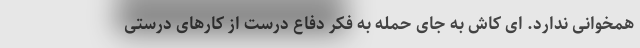
همخوانی ندارد. ای کاش به جای حمله به فکر دفاع درست از کارهای درستی